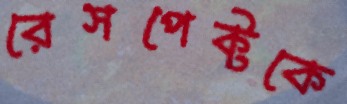
রেসপেক্টকে